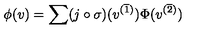
\phi ( v ) = \sum ( j \circ \sigma ) ( v ^ { ( \overline { 1 } ) } ) \Phi ( v ^ { ( \overline { 2 } ) } )